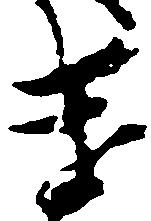
遣